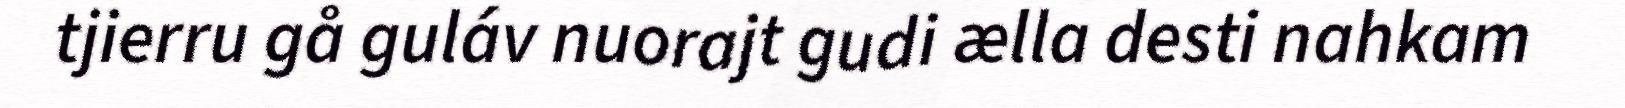
tjierru gå guláv nuorajt gudi ælla desti nahkam